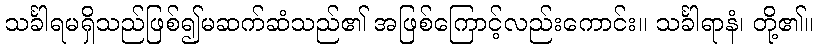
သင်္ခါရမရှိသည်ဖြစ်၍မဆက်ဆံသည်၏ အဖြစ်ကြောင့်လည်းကောင်း။ သင်္ခါရာနံ၊ တို့၏။